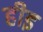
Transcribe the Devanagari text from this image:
हीइ